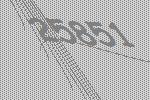
25851